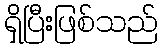
ရှိပြီးဖြစ်သည်